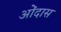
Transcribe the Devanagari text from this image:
ओंदास